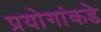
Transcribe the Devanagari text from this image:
प्रयोगांकडे